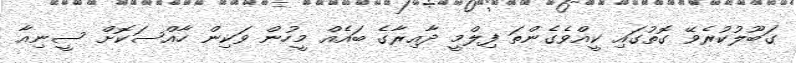
ގަބޫލުކުރެވޭ ގޮތުގައި ކީއްވެގެންތަ ފިލްމީ ދާއިރާގެ ބައެއް މީހުން ވަކިން ހާއްސަކޮށް ސީނިއާ